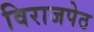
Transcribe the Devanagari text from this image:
विराजपेठ